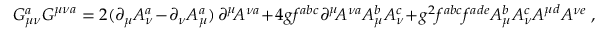
G _ { \mu \nu } ^ { a } G ^ { \mu \nu a } = 2 ( \partial _ { \mu } A _ { \nu } ^ { a } - \partial _ { \nu } A _ { \mu } ^ { a } ) \, \partial ^ { \mu } \! A ^ { \nu a } + 4 g f ^ { a b c } \partial ^ { \mu } \! A ^ { \nu a } A _ { \mu } ^ { b } A _ { \nu } ^ { c } + g ^ { 2 } f ^ { a b c } f ^ { a d e } A _ { \mu } ^ { b } A _ { \nu } ^ { c } A ^ { \mu d } A ^ { \nu e } \ ,